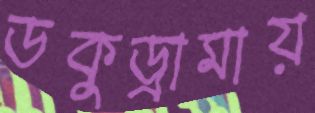
ডকুড্রামায়